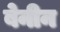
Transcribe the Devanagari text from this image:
बेनीन